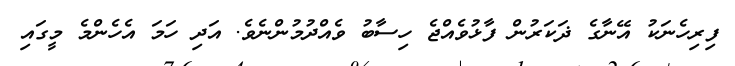
ފިރިހެނަކު އޭނާގެ ޛަކަރުން ފާޅުވެއްޖެ ހިސާބު ވެއްދުމުންނެވެ. އަދި ހަމަ އެހެންމެ މީގައި